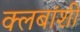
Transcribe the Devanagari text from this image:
क्लबांशी